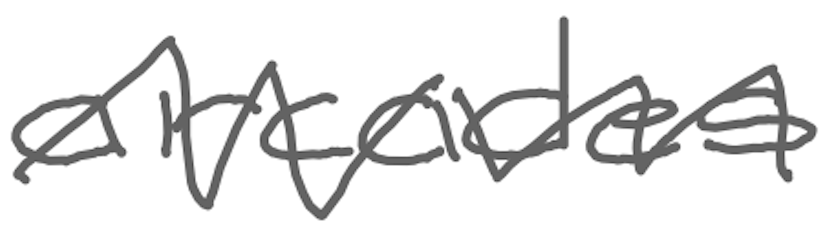
Text: arcades
Cross-out: zig-zag
Writing tool: digital_gray